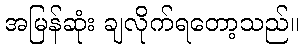
အမြန်ဆုံး ချလိုက်ရတော့သည်။